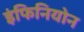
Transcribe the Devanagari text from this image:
इंफिनियोन